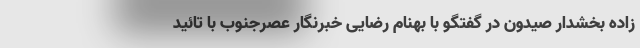
زاده بخشدار صیدون در گفتگو با بهنام رضایی خبرنگار عصرجنوب با تائید